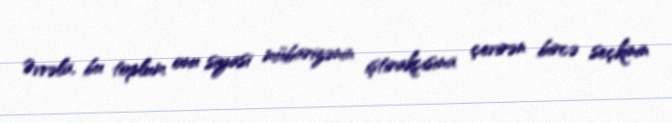
Əvvəla, bu toplum onu siyasi mübarizənin iştirakçısına çevirən bircə seçkinin